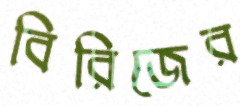
বিরিজের